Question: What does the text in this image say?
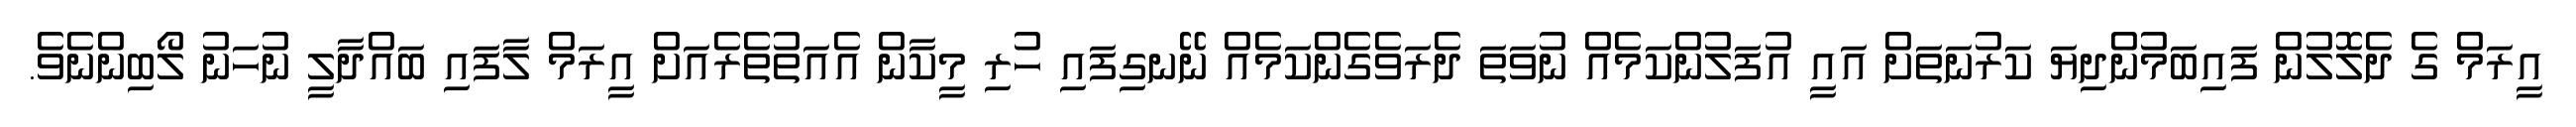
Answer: އީރަމް ގެ ދެލޮލުން ފައިބަމުންދިޔަ ކަރުނަތަށް އައީ އުފަލުންކަމެއް ނުވަތަ ދެރަވެގެންކަމެއް ނޭނގިފައި ހުރި މީކާން އެއަތުތެރެއަށް އީރަމް ލާފައި ބައްދާލީ ނުހަނު ލޯބިންނެވެ.